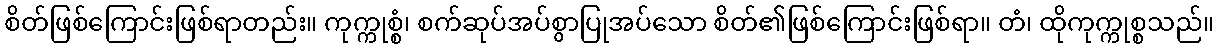
စိတ်ဖြစ်ကြောင်းဖြစ်ရာတည်း။ ကုက္ကုစ္စံ၊ စက်ဆုပ်အပ်စွာပြုအပ်သော စိတ်၏ဖြစ်ကြောင်းဖြစ်ရာ။ တံ၊ ထိုကုက္ကုစ္စသည်။